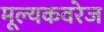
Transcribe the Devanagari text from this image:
मूल्यकवरेज